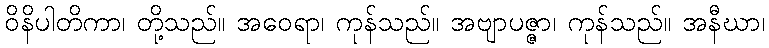
ဝိနိပါတိကာ၊ တို့သည်။ အဝေရာ၊ ကုန်သည်။ အဗျာပဇ္ဇာ၊ ကုန်သည်။ အနီဃာ၊